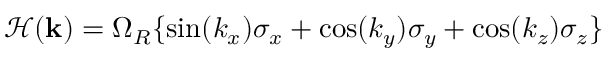
\mathcal { H } ( \mathbf { k } ) = \Omega _ { R } \{ \mathrm { s i n } ( k _ { x } ) \sigma _ { x } + \mathrm { c o s } ( k _ { y } ) \sigma _ { y } + \mathrm { c o s } ( k _ { z } ) \sigma _ { z } \}